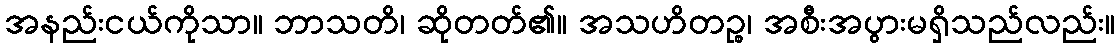
အနည်းငယ်ကိုသာ။ ဘာသတိ၊ ဆိုတတ်၏။ အသဟိတဉ္စ၊ အစီးအပွားမရှိသည်လည်း။